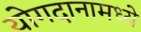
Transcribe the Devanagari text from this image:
योगदानामध्ये